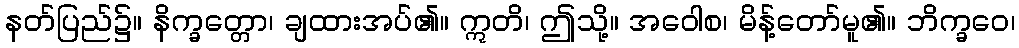
နတ်ပြည်၌။ နိက္ခတ္တော၊ ချထားအပ်၏။ ဣတိ၊ ဤသို့။ အဝေါစ၊ မိန့်တော်မူ၏။ ဘိက္ခဝေ၊